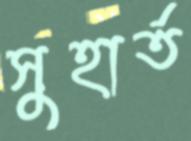
সুহার্ত